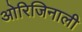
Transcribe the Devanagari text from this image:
ओरिजिनाली